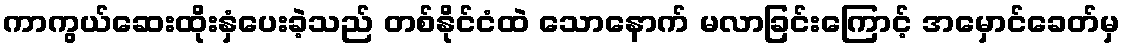
ကာကွယ်ဆေးထိုးနှံပေးခဲ့သည် တစ်နိုင်ငံထဲ သောနောက် မလာခြင်းကြောင့် အမှောင်ခေတ်မှ